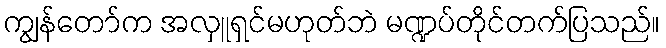
ကျွန်တော်က အလှူရှင်မဟုတ်ဘဲ မဏ္ဍပ်တိုင်တက်ပြသည်။